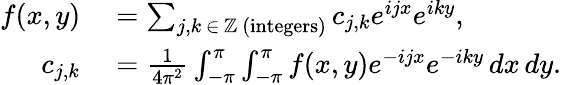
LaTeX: \begin{array}{rl}{f(x,y)}&{{}=\sum_{j,k\, \in\, \mathbb{Z}{\mathrm{~(integers)}}}c_{j,k}e^{ijx}e^{iky},}\\ {c_{j,k}}&{{}={\frac{1}{4\pi^{2}}}\int_{-\pi}^{\pi}\int_{-\pi}^{\pi}f(x,y)e^{-ijx}e^{-iky}\, dx\, dy.}\end{array}